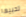
تحبيها